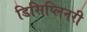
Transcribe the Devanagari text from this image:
डिसिप्लिनरी